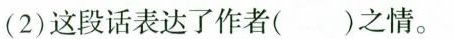
(2)这段话表达了作者()之情。